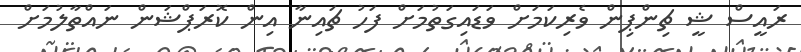
ރައީސް ޝީ ޗިންޕިން ވެރިކަމަށް ވަޑައިގަތުމަށް ފަހު ޗައިނާ އިން ކޮރަޕްޝަން ނައްތާލުމަށް